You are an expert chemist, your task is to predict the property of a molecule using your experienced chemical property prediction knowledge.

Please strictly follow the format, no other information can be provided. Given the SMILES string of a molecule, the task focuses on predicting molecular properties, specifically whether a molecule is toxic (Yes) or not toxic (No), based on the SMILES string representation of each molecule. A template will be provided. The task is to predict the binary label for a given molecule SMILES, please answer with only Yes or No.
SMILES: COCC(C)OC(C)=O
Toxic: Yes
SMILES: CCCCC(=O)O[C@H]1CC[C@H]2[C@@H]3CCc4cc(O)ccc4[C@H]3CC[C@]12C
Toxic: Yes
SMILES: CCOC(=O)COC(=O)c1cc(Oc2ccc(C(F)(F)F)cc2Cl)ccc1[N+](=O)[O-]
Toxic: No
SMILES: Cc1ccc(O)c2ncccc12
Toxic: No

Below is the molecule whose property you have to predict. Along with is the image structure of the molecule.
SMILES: Cc1ncc([N+](=O)[O-])n1CC(O)CCl
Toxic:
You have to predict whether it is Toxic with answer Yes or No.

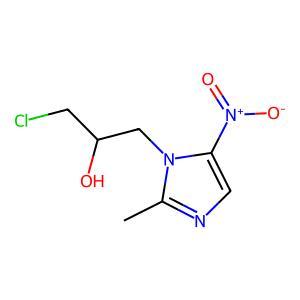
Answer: No